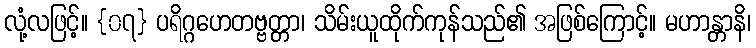
လုံ့လဖြင့်။ {၀၇} ပရိဂ္ဂဟေတဗ္ဗတ္တာ၊ သိမ်းယူထိုက်ကုန်သည်၏ အဖြစ်ကြောင့်။ မဟာန္တာနိ၊